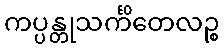
ကပ္ပန္တုသင်္ကိတေလဉ္စ